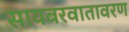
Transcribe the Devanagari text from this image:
सायबरवातावरण